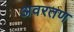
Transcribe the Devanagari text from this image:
अवरतण